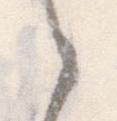
之